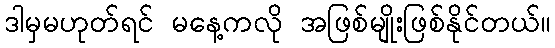
ဒါမှမဟုတ်ရင် မနေ့ကလို အဖြစ်မျိုးဖြစ်နိုင်တယ်။